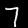
Label: 7